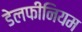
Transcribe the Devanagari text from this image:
डेलफीनियम